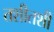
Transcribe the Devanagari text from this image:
तशीतशी